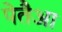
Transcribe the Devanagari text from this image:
पेतैआ